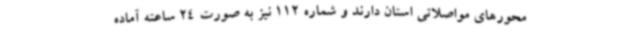
محورهای مواصلاتی استان دارند و شماره 112 نیز به صورت 24 ساعته آماده